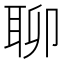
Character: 聊